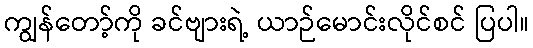
ကျွန်တော့်ကို ခင်ဗျားရဲ့ ယာဉ်မောင်းလိုင်စင် ပြပါ။